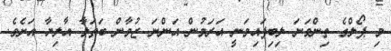
މި ޕޯލްގެ ތިންވަނަ ލިބިފައިވަނީ އަރަމުން އަންނަ ޒުވާން ބަތަލާ އާލިޔާ އަށެވެ.